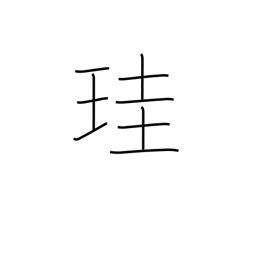
Meaning: jade scepter or tablet (authority symbol)